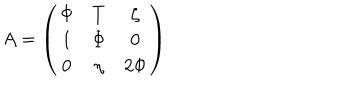
LaTeX: A = \left( \begin{array} { c c c } { { \Phi } } & { { T } } & { { \zeta } } \\ { { 1 } } & { { \Phi } } & { { 0 } } \\ { { 0 } } & { { \eta } } & { { 2 \Phi } } \\ \end{array} \right)